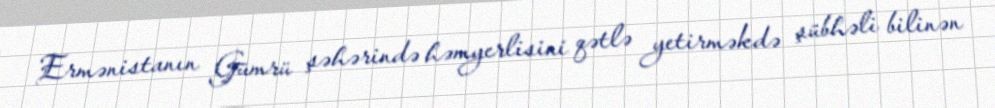
Ermənistanın Gümrü şəhərində həmyerlisini qətlə yetirməkdə şübhəli bilinən